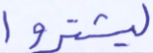
ليشتروا